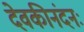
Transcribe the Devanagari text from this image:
देवकीनंदनः